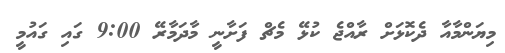
މިޔަންމާއާ ދެކޮޅަށް ރާއްޖެ ކުޅޭ މެޗް ފަށާނީ މާދަމާރޭ 9:00 ގައި ގައުމީ